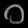
Digit: ၀